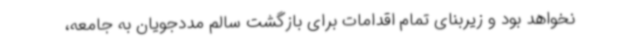
نخواهد بود و زیربنای تمام اقدامات برای بازگشت سالم مددجویان به جامعه،